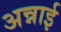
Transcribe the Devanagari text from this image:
अन्नाई